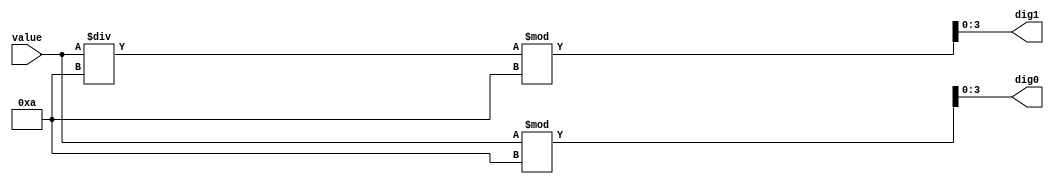
`timescale 1ns / 1ps

module bin_to_bcd(
    input  wire [3:0] value,
    output wire [3:0] dig0,
                      dig1
//                      dig2
    );
    
    assign dig0 = value % 10;
    assign dig1 = (value / 10) % 10;
//    assign dig2 = (value / 100) % 10;
    
endmodule